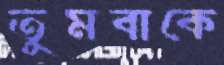
তুমবাকে